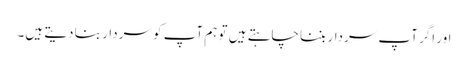
اور اگر آپ سردار بننا چاہتے ہیں تو ہم آپ کو سردار بنا دیتے ہیں۔